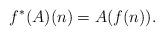
LaTeX: \begin{align*}f^*(A)(n) = A(f(n)).\end{align*}